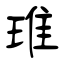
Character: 琟